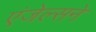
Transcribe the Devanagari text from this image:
एंजेल्सने